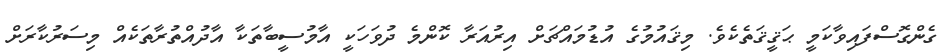
ގެންގޮސްފައިވާކަމީ ޙަޤީޤަތެކެވެ. މިޤައުމުގެ އުޑުމައްޗަށް އިރުއަރާ ކޮންމެ ދުވަހަކީ އާމުސީބާތަކާ އާދުއްތުރާތަކެއް މިސަރުކާރަށް